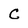
Character: C